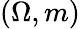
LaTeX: \left(\Omega,m\right)